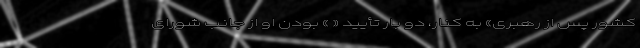
کشور پس از رهبری» به کنار، دو بار تأیید « » بودن او از جانب شورای